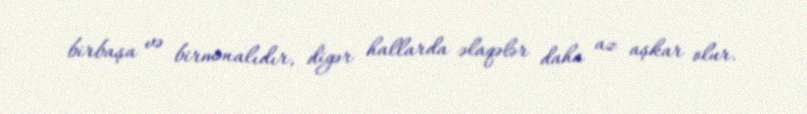
birbaşa və birmənalıdır, digər hallarda əlaqələr daha az aşkar olur.